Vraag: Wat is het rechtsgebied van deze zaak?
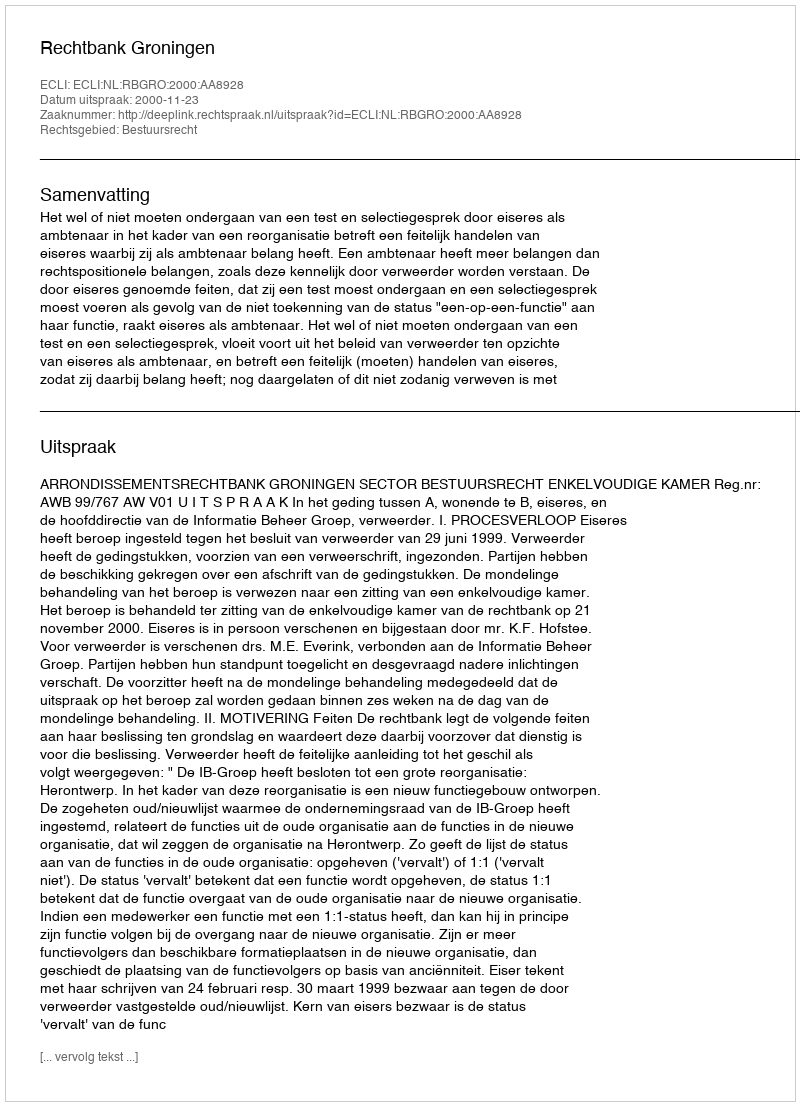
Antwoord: Bestuursrecht